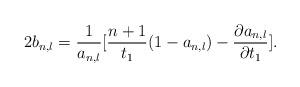
LaTeX: \begin{align*}2b_{n,l}=\frac{1}{a_{n,l}}[\frac{n+1}{t_{1}}(1-a_{n,l})-\frac{\partial a_{n,l}}{\partial t_{1}}].\end{align*}